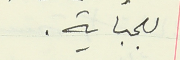
للجباية.